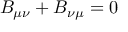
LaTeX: B _ { \mu \nu } + B _ { \nu \mu } = 0